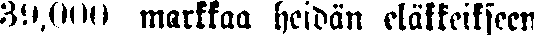
39,000 markkaa heidän eläkkeikseen